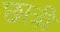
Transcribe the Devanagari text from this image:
छात्री